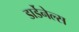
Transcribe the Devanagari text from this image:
डार्डेनेल्स